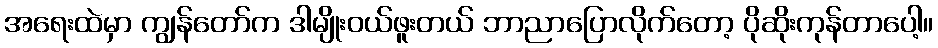
အရေးထဲမှာ ကျွန်တော်က ဒါမျိုးဝယ်ဖူးတယ် ဘာညာပြောလိုက်တော့ ပိုဆိုးကုန်တာပေါ့။